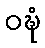
ဝဍ္ဎံ